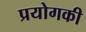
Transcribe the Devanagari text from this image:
प्रयोगकी